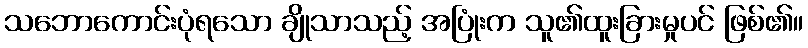
သဘောကောင်းပုံရသော ချိုသာသည့် အပြုံးက သူ၏ထူးခြားမှုပင် ဖြစ်၏။